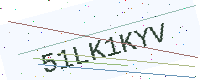
Text: 51LK1KYV